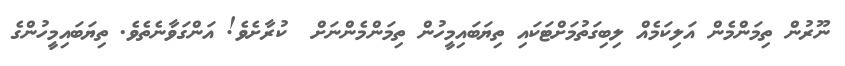
ނޫރުން ތިމަންމެން އަލިކަމެއް ލިބިގަތުމަށްޓަކައި ތިޔަބައިމީހުން ތިމަންމެންނަށް  ކުރާށެވެ! އަންގަވާނެތެވެ. ތިޔަބައިމީހުންގެ